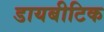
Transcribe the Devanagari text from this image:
डायबीटिक